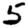
Digit: 5